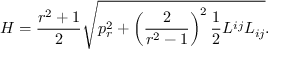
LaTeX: H = \frac { r ^ { 2 } + 1 } 2 \sqrt { p _ { r } ^ { 2 } + \left( \frac 2 { r ^ { 2 } - 1 } \right) ^ { 2 } \frac 1 2 L ^ { i j } L _ { i j } } .